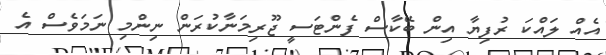
އެއް ލައްކަ ރުފިޔާ އިން ބޭކާސް ފެންޓަސީ ޖޫރިމަނާކުރަން ނިންމި ނަމަވެސް އެ